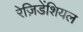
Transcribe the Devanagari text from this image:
रेज़िडेंशियल